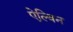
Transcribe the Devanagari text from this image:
ऐल्विन